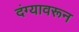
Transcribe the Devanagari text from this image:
दंग्यावरून